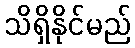
သိရှိနိုင်မည်